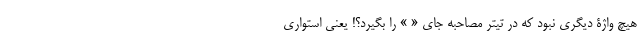
هیچ واژۀ دیگری نبود که در تیتر مصاحبه جای « » را بگیرد؟! یعنی استواری